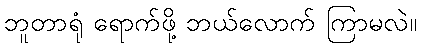
ဘူတာရုံ ရောက်ဖို့ ဘယ်လောက် ကြာမလဲ။